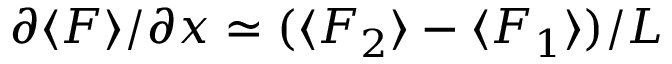
\partial \langle F \rangle / \partial x \simeq ( \langle F _ { 2 } \rangle - \langle F _ { 1 } \rangle ) / L